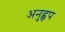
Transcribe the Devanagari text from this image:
अनुह्वप